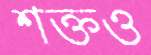
শক্তও